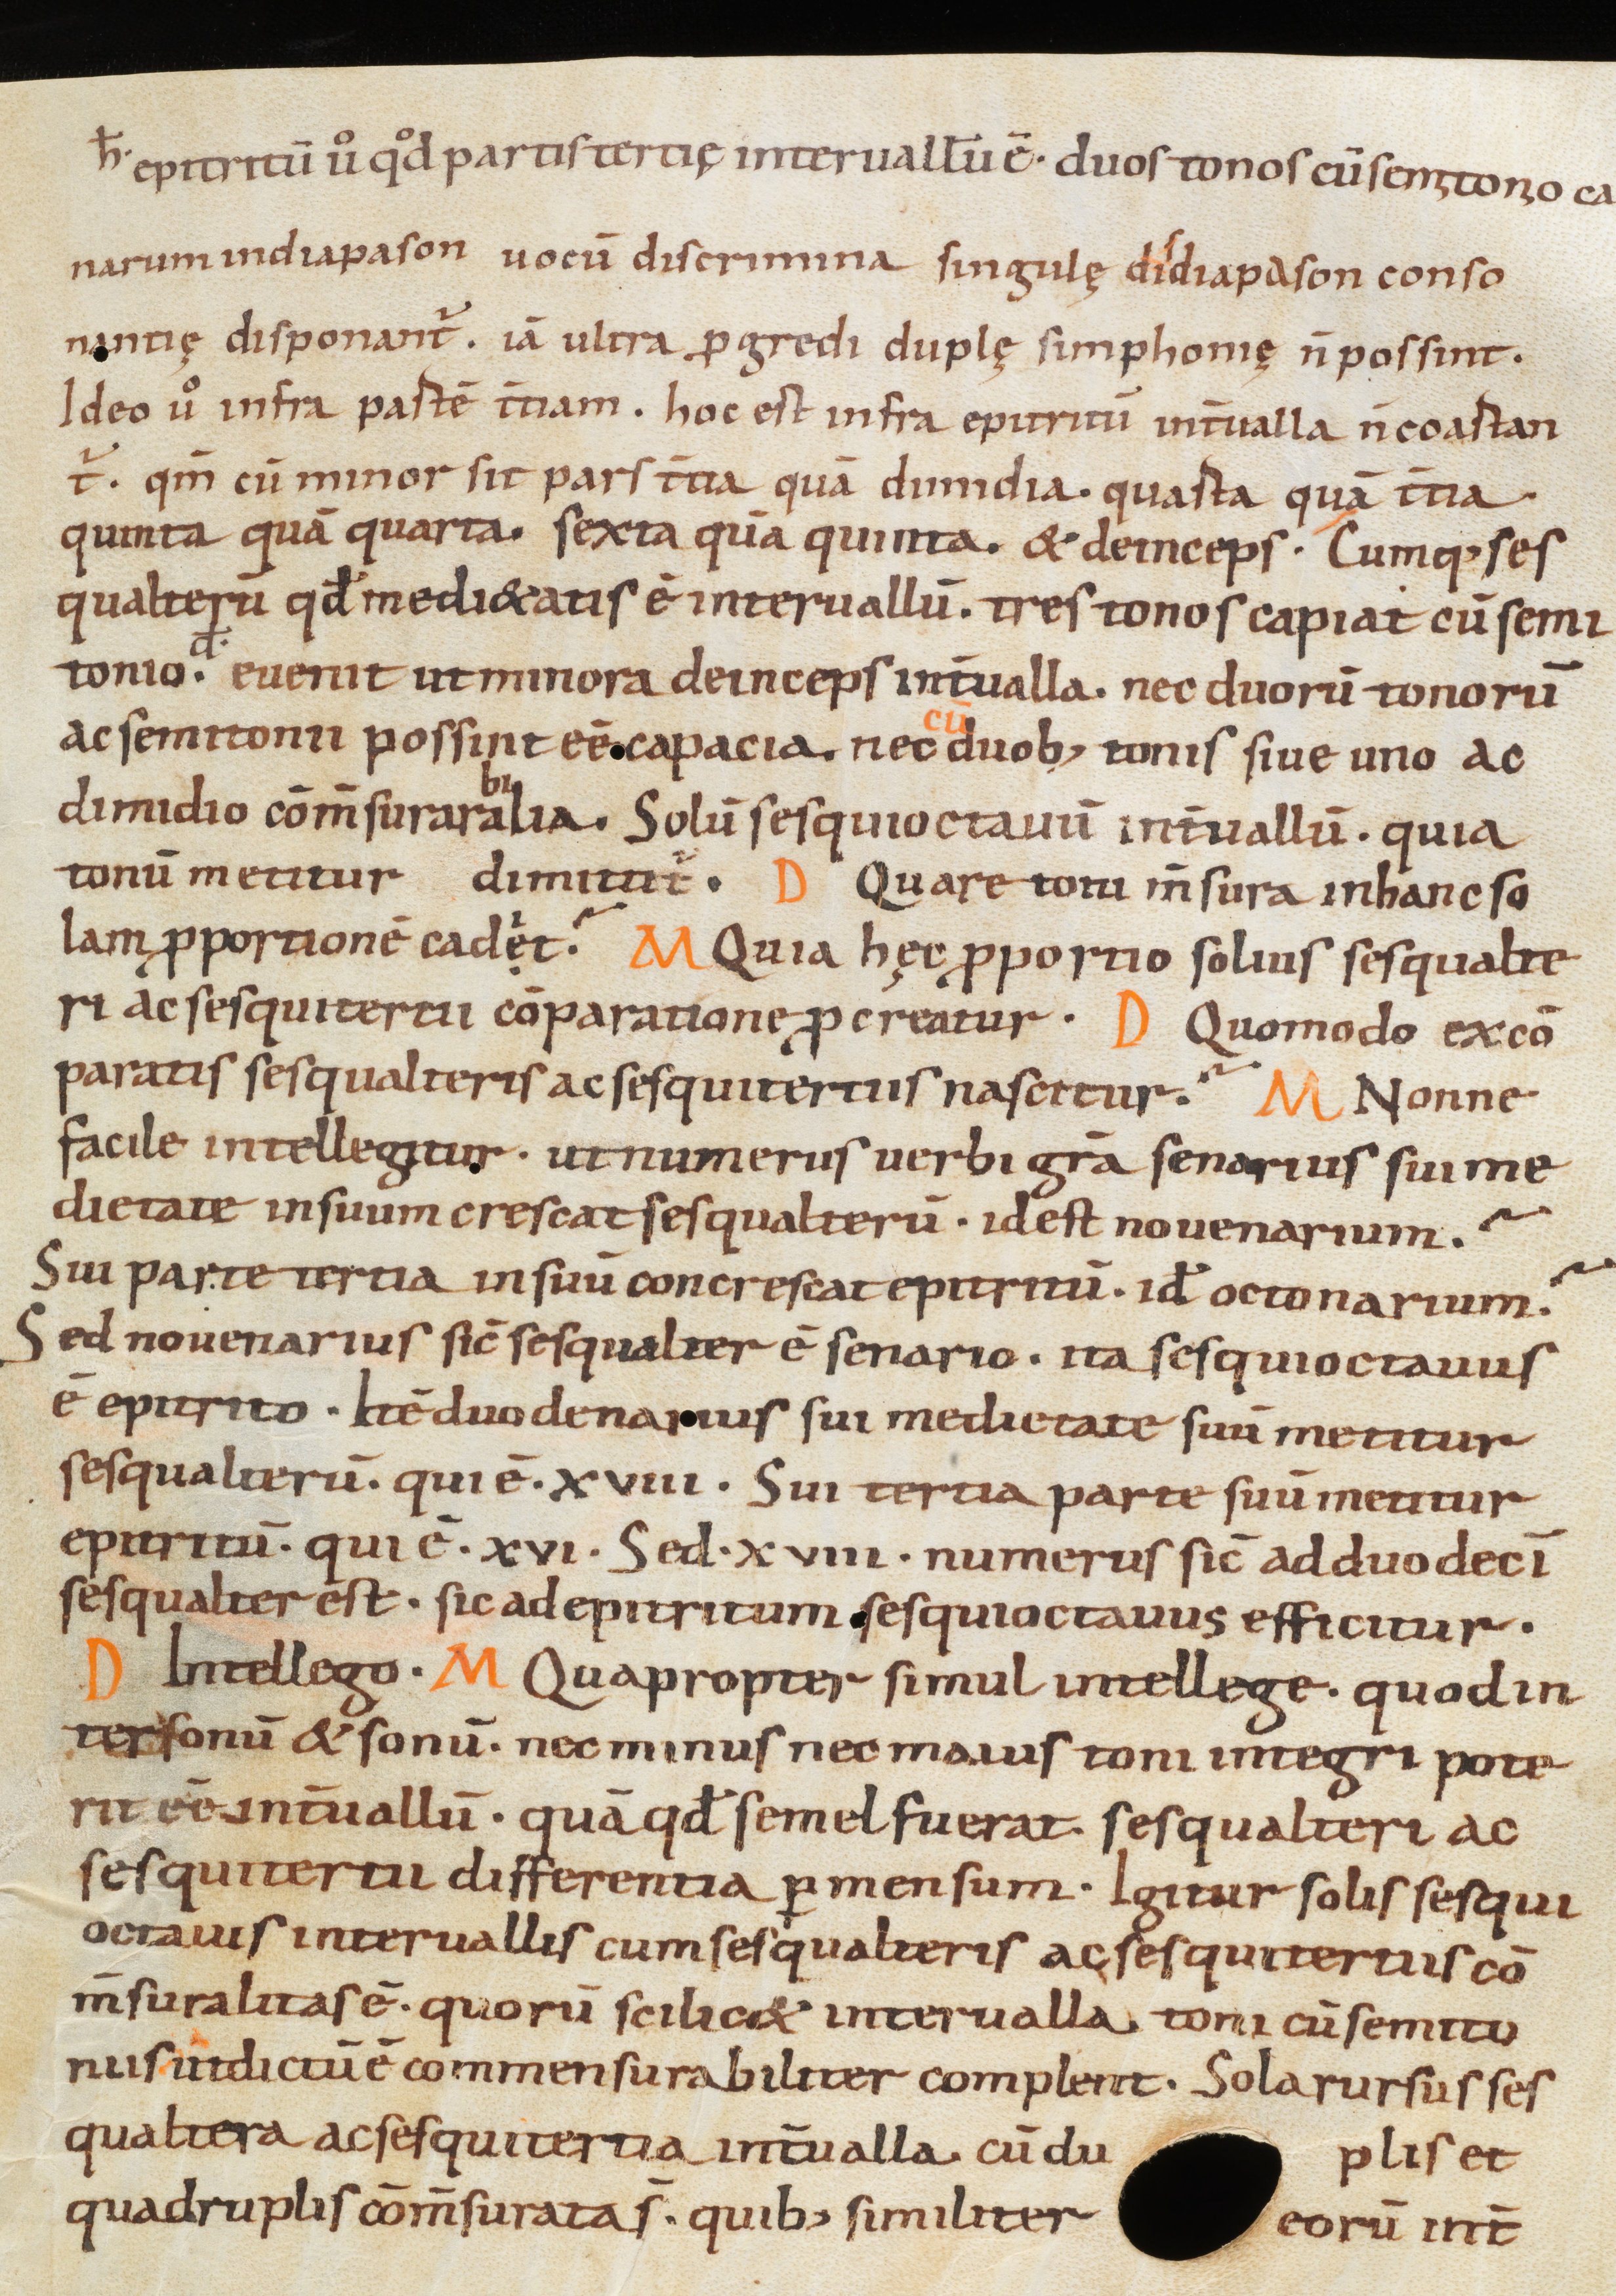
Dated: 975–999